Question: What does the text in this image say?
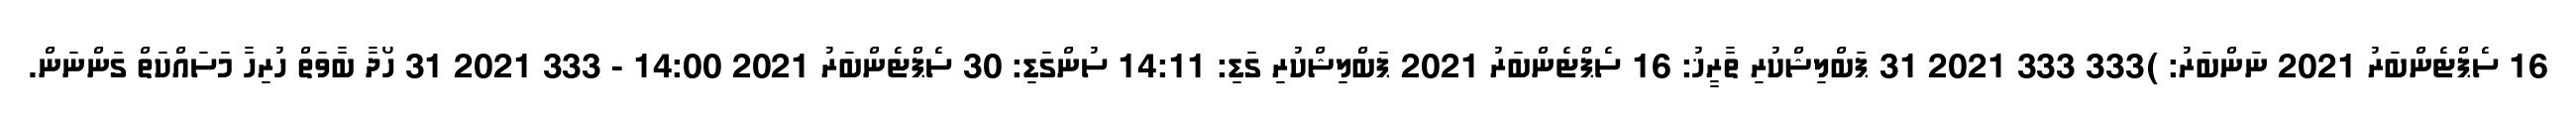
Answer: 16 ސެޕްޓެންބަރު 2021 ނަންބަރު: )333 333 2021 31 ޕަބްލިޝްކުރި ތާރީޚު: 16 ސެޕްޓެންބަރު 2021 ޕަބްލިޝްކުރި ގަޑި: 14:11 ސުންގަޑި: 30 ސެޕްޓެންބަރު 2021 14:00 - 333 2021 31 ހޯދާ ބާވަތް ހުރިހާ މަސައްކަތް ގަންނަން.